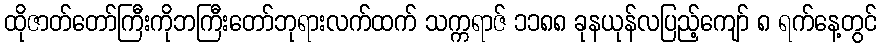
ထိုဇာတ်တော်ကြီးကိုဘကြီးတော်ဘုရားလက်ထက် သက္ကရာဇ် ၁၁၈၈ ခုနယုန်လပြည့်ကျော် ၈ ရက်နေ့တွင်